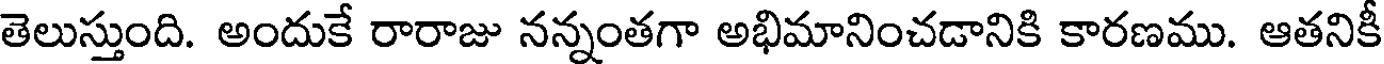
తెలుస్తుంది. అందుకే రారాజు నన్నంతగా అభిమానించడానికి కారణము. ఆతనికీ